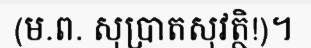
(ម.ព. សុប្រាតសុវត្ថិ!)។